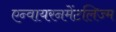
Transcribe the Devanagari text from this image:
एन्वायरनमेंटलिज्म